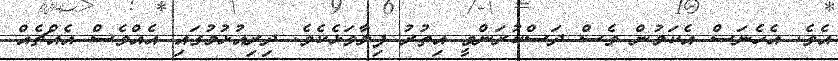
އެވެ. އެހެނަސް އެކަމުން ވެސް ދަސްކުރަންވީ އިތުރު ފިލާވަޅެކެވެ. ދިރިއުޅުމުގައި އެއްވެސް އެއްޗެއް